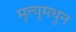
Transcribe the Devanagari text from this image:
मृत्यूमधुन